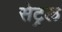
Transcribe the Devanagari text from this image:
सेट्रल